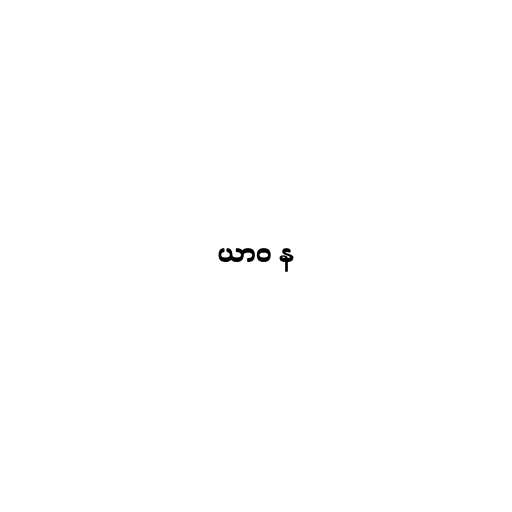
ယာဝ န